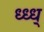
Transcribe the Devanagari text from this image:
ध्ध्ध्